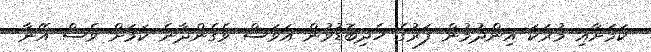
ކަމަށާއި މުރަކަ އިންދުމުން ފަރުގެ ހެދިބޮޑުވުން އަވަސް ވެގެންދާނެ ކަމަށް ވެސް އޭނާ